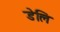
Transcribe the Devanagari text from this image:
डेलि